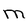
Character: M